Civil Veterinary Dept. Assam report 1927-50 - 1927-1950
Year: 1927
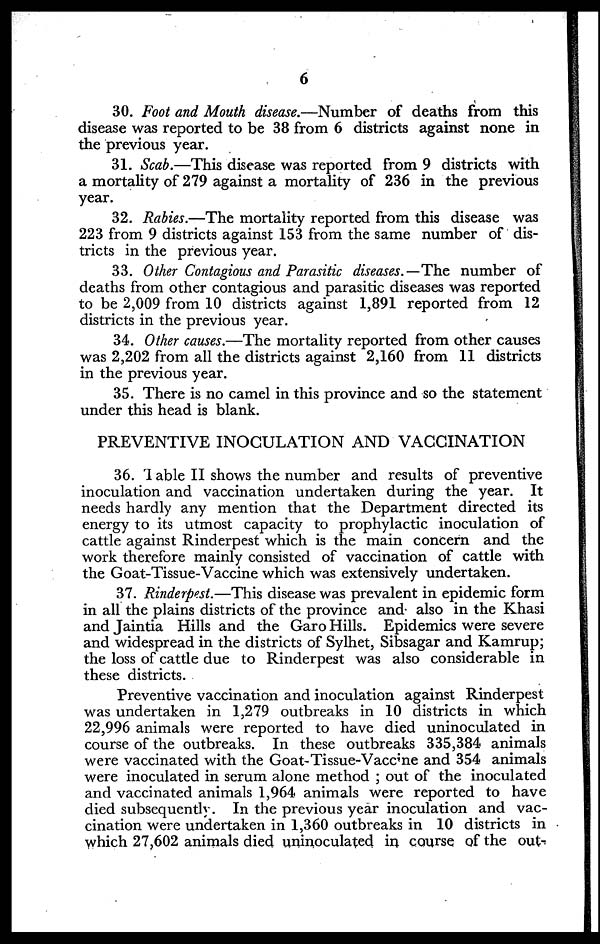
6
30. Foot and Mouth disease.—Number of deaths from this
disease was reported to be 38 from 6 districts against none in
the previous year.
31. Scab.—This disease was reported from 9 districts with
a mortality of 279 against a mortality of 236 in the previous
year.
32. Rabies.—The mortality reported from this disease was
223 from 9 districts against 153 from the same number of dis-
tricts in the previous year.
33. Other Contagious and Parasitic diseases.—The number of
deaths from other contagious and parasitic diseases was reported
to be 2,009 from 10 districts against 1,891 reported from 12
districts in the previous year.
34. Other causes.—The mortality reported from other causes
was 2,202 from all the districts against 2,160 from 11 districts
in the previous year.
35. There is no camel in this province and so the statement
under this head is blank.
PREVENTIVE INOCULATION AND VACCINATION
36. 1 able II shows the number and results of preventive
inoculation and vaccination undertaken during the year. It
needs hardly any mention that the Department directed its
energy to its utmost capacity to prophylactic inoculation of
cattle against Rinderpest which is the main concern and the
work therefore mainly consisted of vaccination of cattle with
the Goat-Tissue-Vaccine which was extensively undertaken.
37. Rinderpest.—This disease was prevalent in epidemic form
in all the plains districts of the province and also in the Khasi
and Jaintia Hills and the Garo Hills. Epidemics were severe
and widespread in the districts of Sylhet, Sibsagar and Kamrup;
the loss of cattle due to Rinderpest was also considerable in
these districts.
Preventive vaccination and inoculation against Rinderpest
was undertaken in 1,279 outbreaks in 10 districts in which
22,996 animals were reported to have died uninoculated in
course of the outbreaks. In these outbreaks 335,384 animals
were vaccinated with the Goat-Tissue-Vaccme and 354 animals
were inoculated in serum alone method ; out of the inoculated
and vaccinated animals 1,964 animals were reported to have
died subsequently. In the previous year inoculation and vac-
cination were undertaken in 1,360 outbreaks in 10 districts in
which 27,602 animals died uninoculated in course of the out-